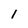
Character: l